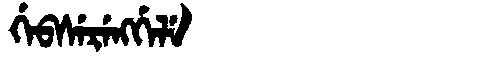
Manchu: ᡤᡝᠪᠰᡝᡵᡝᠩᡤᡝᠯᡝ
Romanization: GEBSERENGGELE